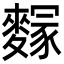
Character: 䴿